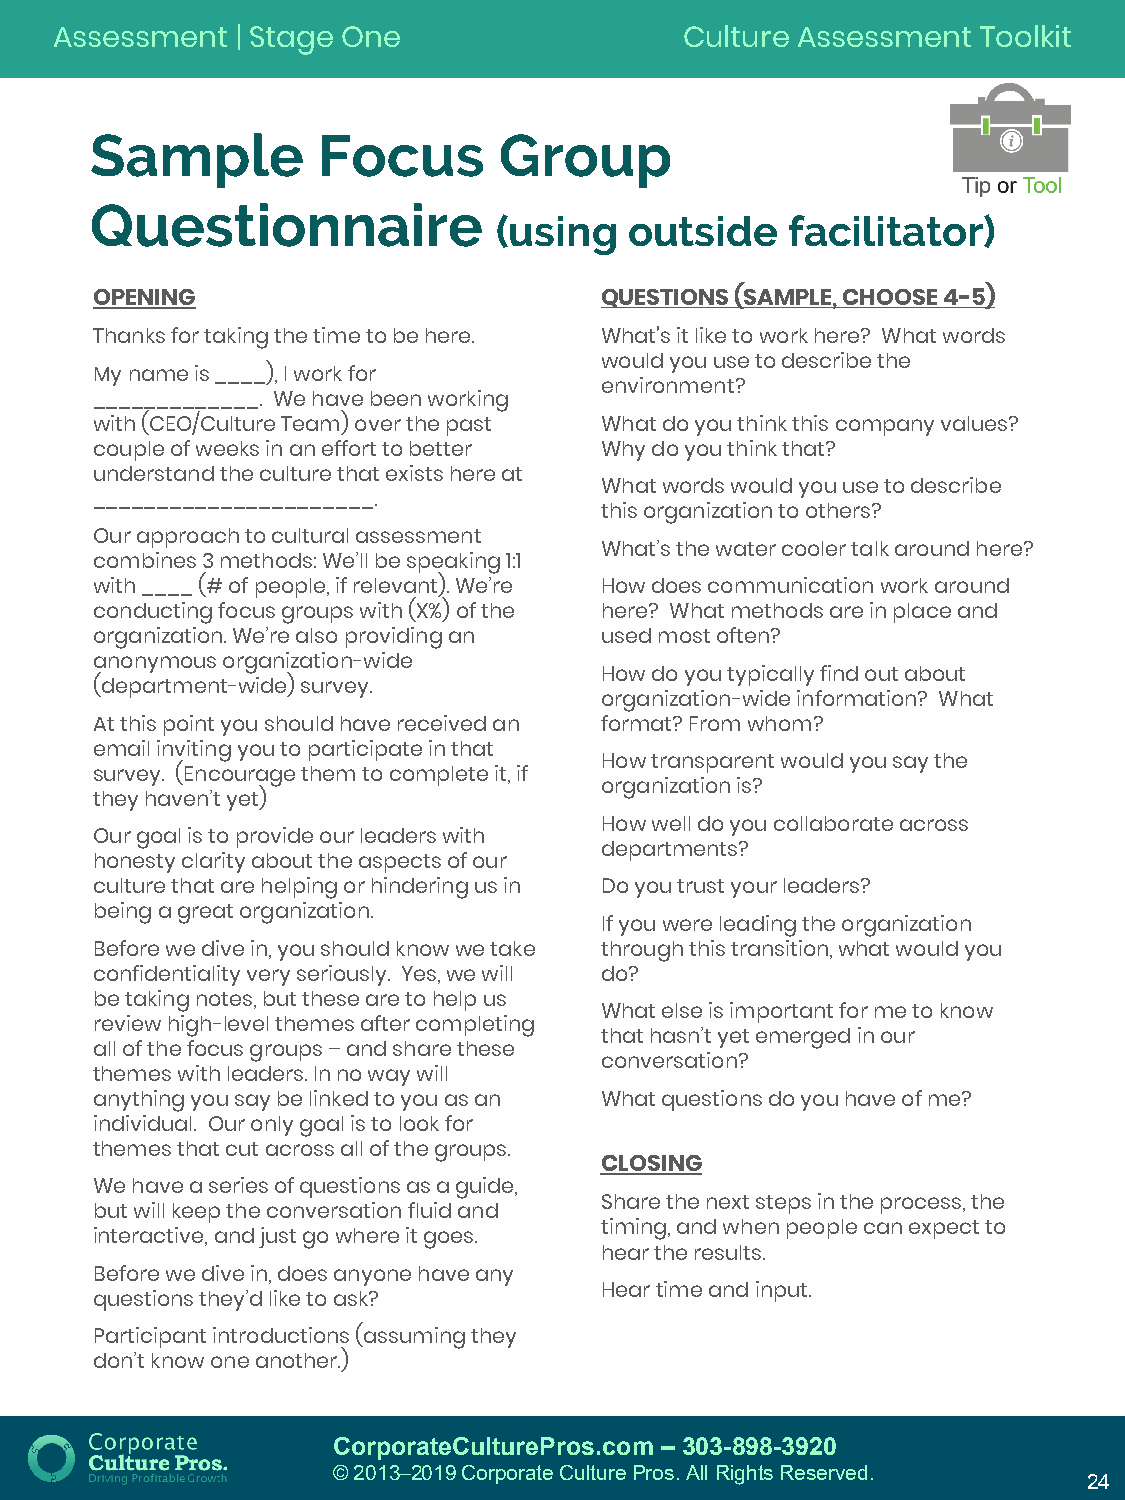
Assessment   | Stage One                  Culture Assessment  Toolkit
 Sample         Focus       Group
 Questionnaire
 (using   outside   facilitator)
 OPENING                           QUESTIONS (SAMPLE, CHOOSE 4-5)
 Thanks for taking the time to be here. What's it like to work here? What words
 would you use to describe the
 My name is ____), I work for
 environment?
 _____________. We have been working
 with (CEO/Culture Team) over the past What do you think this company values?
 couple of weeks in an effort to better Why do you think that?
 understand the culture that exists here at
 What words would you use to describe
 ______________________.
 this organization to others?
 Our approach to cultural assessment
 What’s the water cooler talk around here?
 combines 3 methods: We’ll be speaking 1:1
 with ____ (# of people, if relevant). We’re How does communication work around
 conducting focus groups with (X%) of the here? What methods are in place and
 organization. We’re also providing an used most often?
 anonymous organization-wide
 How do you typically find out about
 (department-wide) survey.
 organization-wide information? What
 At this point you should have received an format? From whom?
 email inviting you to participate in that
 How transparent would you say the
 survey. (Encourage them to complete it, if
 organization is?
 they haven’t yet)
 How well do you collaborate across
 Our goal is to provide our leaders with
 departments?
 honesty clarity about the aspects of our
 culture that are helping or hindering us in Do you trust your leaders?
 being a great organization.
 If you were leading the organization
 Before we dive in, you should know we take through this transition, what would you
 confidentiality very seriously. Yes, we will do?
 be taking notes, but these are to help us
 What else is important for me to know
 review high-level themes after completing
 that hasn’t yet emerged in our
 all of the focus groups –and share these
 conversation?
 themes with leaders. In no way will
 anything you say be linked to you as an What questions do you have of me?
 individual. Our only goal is to look for
 themes that cut across all of the groups.
 CLOSING
 We have a series of questions as a guide,
 Share the next steps in the process, the
 but will keep the conversation fluid and
 timing, and when people can expect to
 interactive, and just go where it goes.
 hear the results.
 Before we dive in, does anyone have any
 Hear time and input.
 questions they’d like to ask?
 Participant introductions (assuming they
 don’t know one another.)
 CorporateCulturePros.com – 303-898-3920
 © 2013─2019 Corporate Culture Pros. All Rights Reserved.
 24